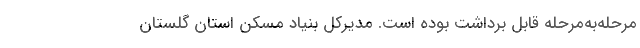
مرحله‌به‌مرحله قابل برداشت بوده است. مدیرکل بنیاد مسکن استان گلستان